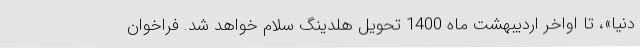
دنیا»، تا اواخر اردیبهشت ماه 1400 تحویل هلدینگ سلام خواهد شد. فراخوان